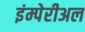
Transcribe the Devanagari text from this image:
इंम्पेरीअल